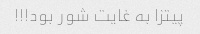
پیتزا به غایت شور بود!!!